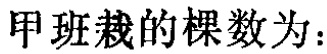
甲班栽的棵数为：